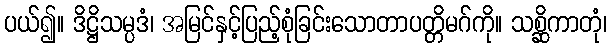
ပယ်၍။ ဒိဋ္ဌိသမ္ပဒံ၊ အမြင်နှင့်ပြည့်စုံခြင်းသောတာပတ္တိမဂ်ကို။ သစ္ဆိကာတုံ၊